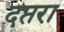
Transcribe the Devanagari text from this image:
दप्तरा